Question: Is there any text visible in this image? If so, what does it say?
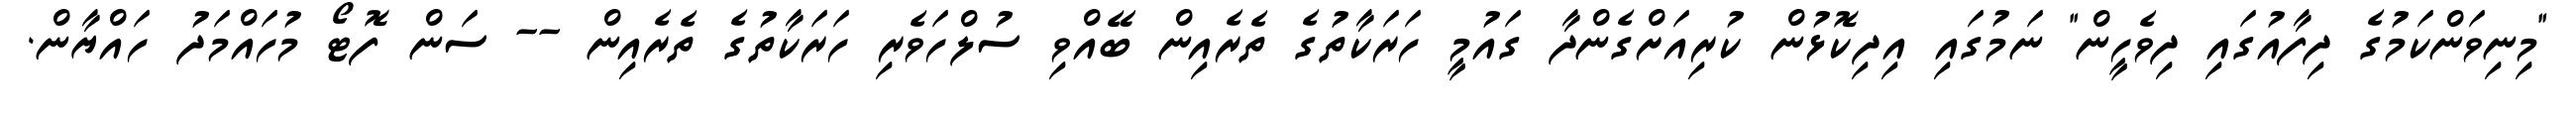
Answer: "މިނިވަންކަމުގެ ދިފާއުގައި ދިވެހީން" ނަމުގައި އިދިކޮޅުން ކުރިއަށްގެންދާ ގައުމީ ހަރަކާތުގެ ތެރެއިން ބޭއްވި ސުލްހަވެރި ހަރަކާތުގެ ތެރެއިން -- ސަން ފޮޓޯ މުހައްމަދު ހައްޔާން.